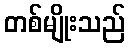
တစ်မျိုးသည်